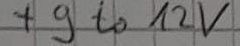
Text: +9 to 12V